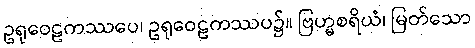
ဥရုဝေဠကဿပေ၊ ဥရုဝေဠကဿပ၌။ ဗြဟ္မစရိယံ၊ မြတ်သော